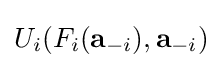
U_{i}(F_{i}(\mathbf {a} _{-i}),\mathbf {a} _{-i})